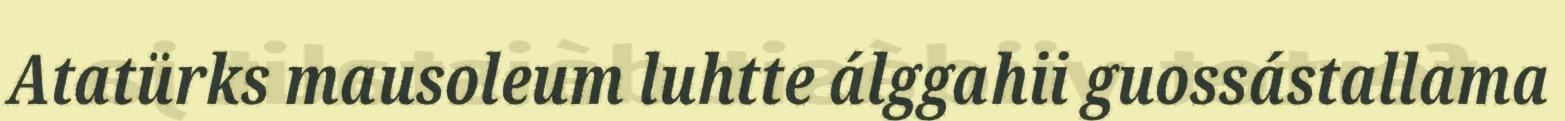
Atatürks mausoleum luhtte álggahii guossástallama